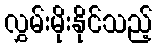
လွှမ်းမိုးနိုင်သည့်